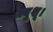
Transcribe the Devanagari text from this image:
क्यूशू।